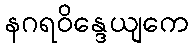
နဂရဝိန္ဒေယျကေ